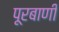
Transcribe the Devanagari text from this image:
पूरबाणी